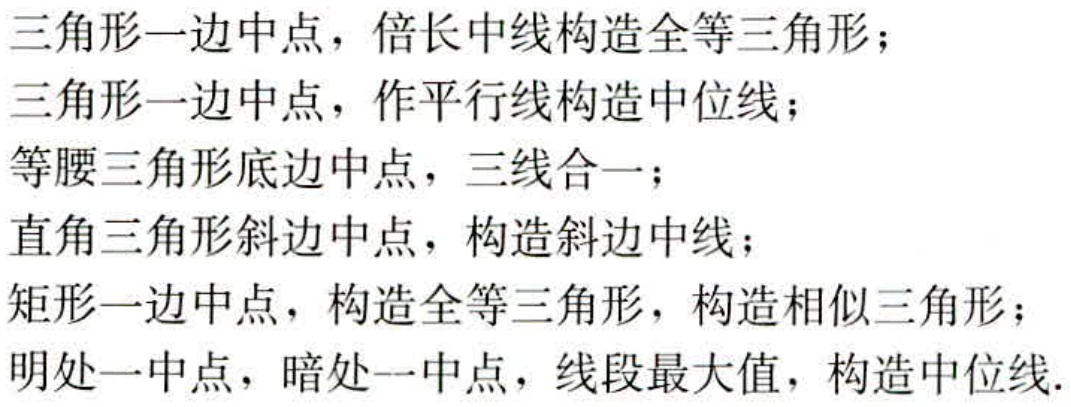
三角形一边中点，倍长中线构造全等三角形；

三角形一边中点，作平行线构造中位线；

等腰三角形底边中点，三线合一；

直角三角形斜边中点，构造斜边中线；

矩形一边中点，构造全等三角形，构造相似三角形；

明处一中点，暗处一中点，线段最大值，构造中位线.